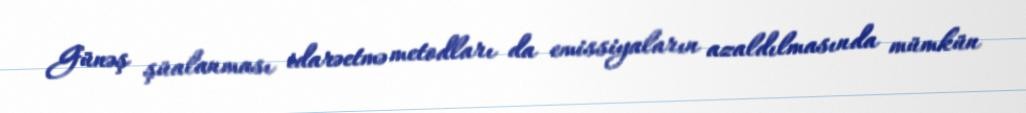
Günəş şüalanması idarəetmə metodları da emissiyaların azaldılmasında mümkün